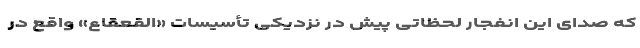
که صدای این انفجار لحظاتی پیش در نزدیکی تأسیسات «القعقاع» واقع در